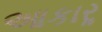
આકારૢ